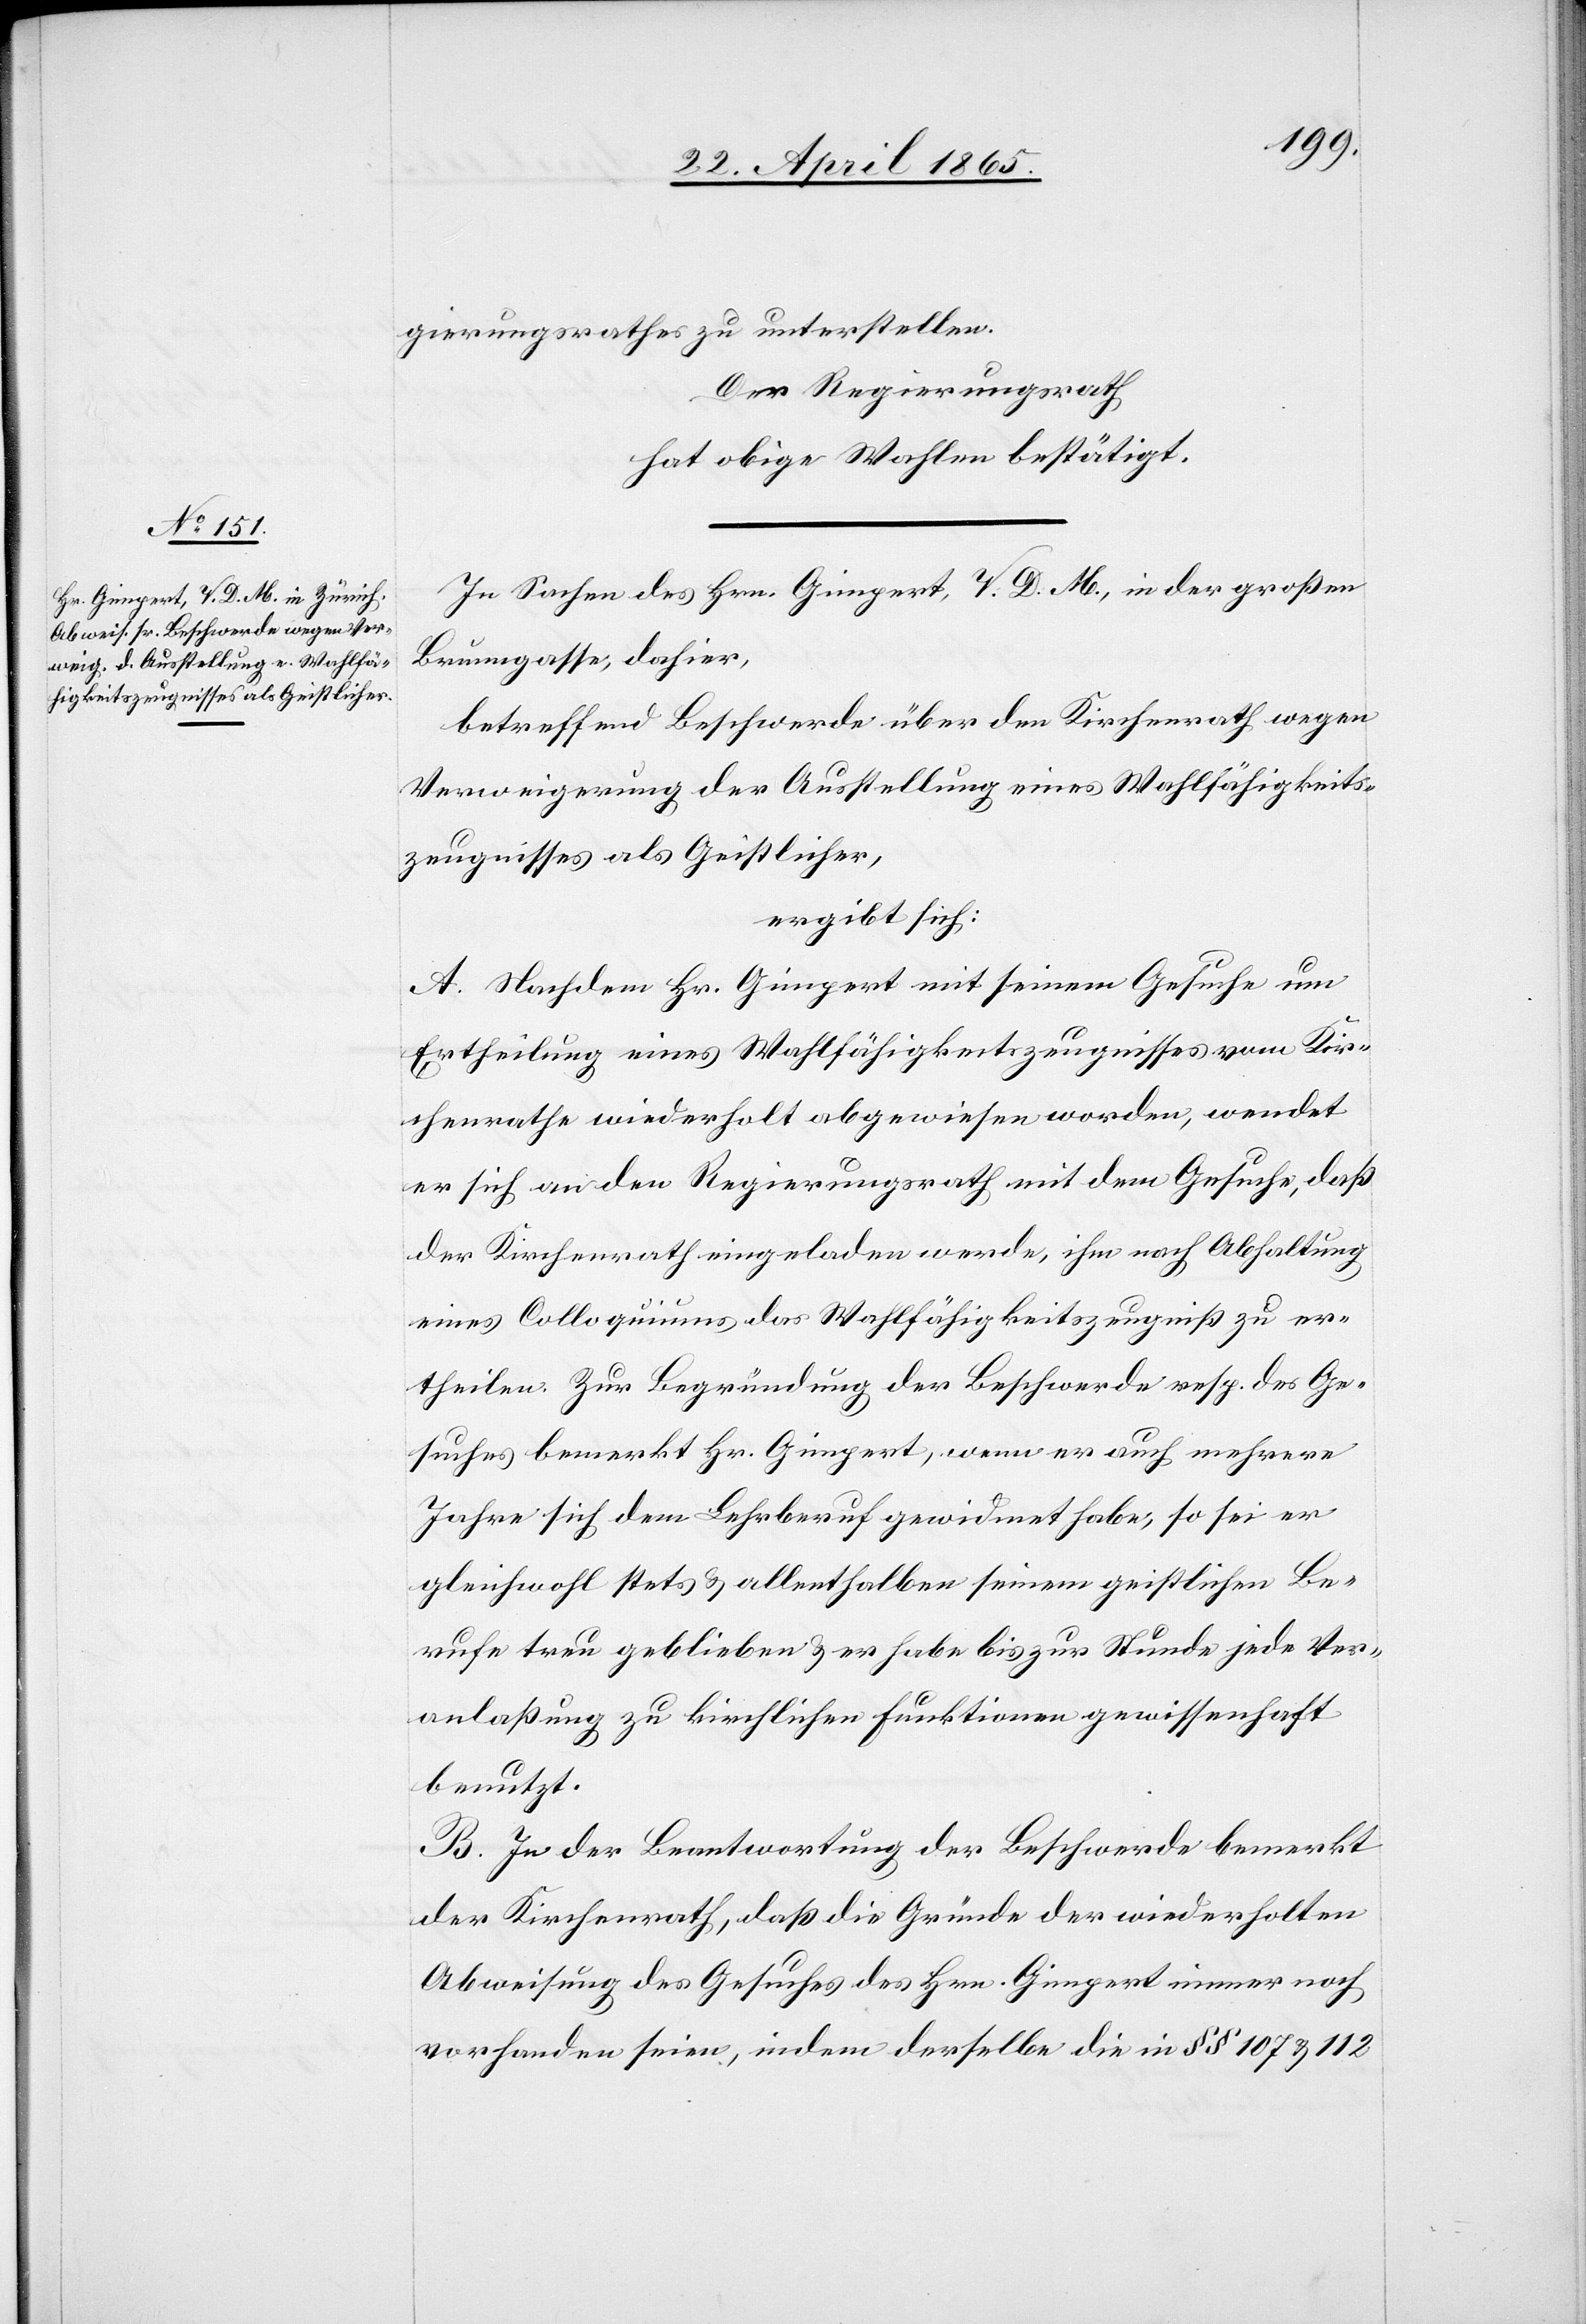
gierungsrathes zu unterstellen.
Der Regierungsrath
hat obige Wahlen bestätigt.
In Sachen des Hrn. Gimpert, V. D. M., in der großen
Brunngasse, dahier,
betreffend Beschwerde über den Kirchenrath wegen
Verweigerung der Ausstellung eines Wahlfähigkeits¬
zeugnisses als Geistlicher,
ergibt sich:
A. Nachdem Hr. Gimpert mit seinem Gesuche um
Ertheilung eines Wahlfähigkeitszeugnisses vom Kir¬
chenrathe wiederholt abgewiesen worden, wendet
er sich an den Regierungsrath mit dem Gesuche, daß
der Kirchenrath eingeladen werde, ihm nach Abhaltung
eines Colloquiums das Wahlfähigkeitszeugniß zu er¬
theilen. Zur Begründung der Beschwerde resp. des Ge¬
suches bemerkt Hr. Gimpert, wenn er auch mehrere
Jahre sich dem Lehrberuf gewidmet habe, so sei er
gleichwohl stets & allenthalben seinem geistlichen Be¬
rufe treu geblieben & er habe bis zur Stunde jede Ver¬
anlaßung zu kirchlichen Funktionen gewissenhaft
benutzt.
B. In der Beantwortung der Beschwerde bemerkt
der Kirchenrath, daß die Gründe der wiederholten
Abweisung des Gesuches des Hrn. Gimpert immer noch
vorhanden seien, indem derselbe die in § § 107 & 112